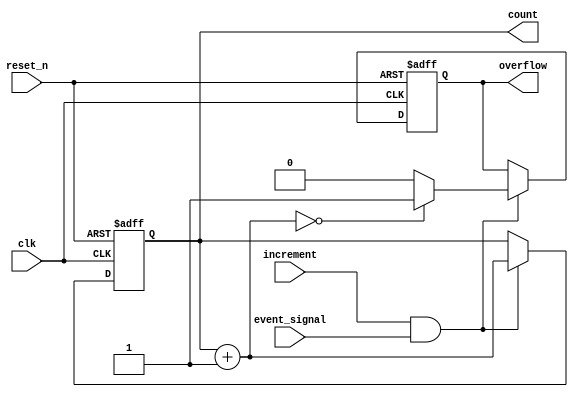
module event_counter #(
    parameter WIDTH = 8 // Parameter for count width
) (
    input wire clk,               // Clock signal
    input wire reset_n,           // Asynchronous active-low reset
    input wire increment,          // Control signal to increment the counter
    input wire event_signal,       // Event signal to trigger count increment
    output reg [WIDTH-1:0] count,  // Current count value output
    output reg overflow            // Overflow flag
);

    // Internal signal to hold the next count value
    reg [WIDTH-1:0] next_count;

    // Asynchronous reset and count logic
    always @(posedge clk or negedge reset_n) begin
        if (!reset_n) begin
            count <= 0;
            overflow <= 0;
        end else begin
            // Check for event signal and increment control
            if (increment && event_signal) begin
                next_count = count + 1;
                // Check for overflow
                if (next_count == 0) begin // Wrap-around condition
                    overflow <= 1;
                end else begin
                    overflow <= 0;
                end
                count <= next_count; // Update count
            end
        end
    end

endmodule